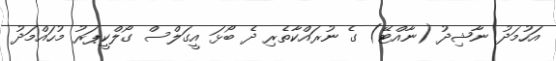
އަހުމަދު ނާޝިދު (ނާއްޓޭ) ގެ ނުރައްކާތެރި ދެ ބޯޅަ އީގަލްސް ގޯލްކީޕަރު މުހައްމަދު